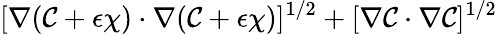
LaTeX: [\nabla(\mathcal{C}+\epsilon\chi)\cdot\nabla(\mathcal{C}+\epsilon\chi)]^{1/2}+[\nabla\mathcal{C}\cdot\nabla\mathcal{C}]^{1/2}